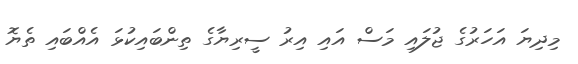
މިދިޔަ އަހަރުގެ ޖުލައި މަސް އައި އިރު ސީރިޔާގެ ތިންބައިކުޅަ އެއްބައި ތެޔޮ